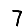
Digit: 7